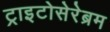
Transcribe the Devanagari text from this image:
ट्राइटोसेरेब्रम